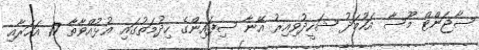
ސާޖަންޓް މޫސާ އަހުމަދު ޝަހީދުވިއިރު އޭނާ ސިފައިންގެ ހިދުމަތުގައި އުޅުއްވާތާ 17 އަހަރާއި